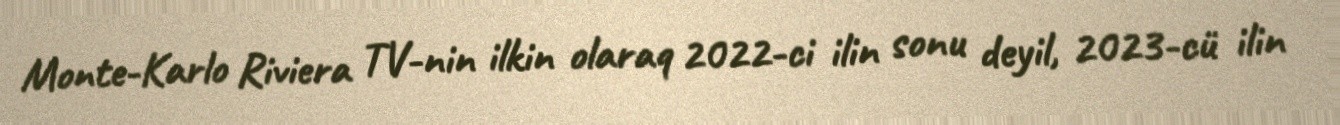
Monte-Karlo Riviera TV-nin ilkin olaraq 2022-ci ilin sonu deyil, 2023-cü ilin